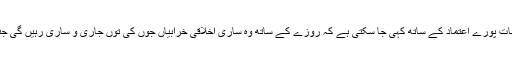
تاہم اس کے ساتھ سابقہ تجربات و مشاہدات کی بنیاد پر یہ بات پورے اعتماد کے ساتھ کہی جا سکتی ہے کہ روزے کے ساتھ وہ ساری اخلاقی خرابیاں جوں کی توں جاری و ساری رہیں گی جنھوں نے ہمارے معاشرے کو ظلم و فساد سے بھر دیا ہے ۔